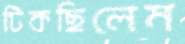
টিকছিলেম